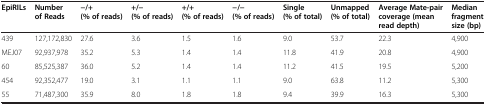
| EpiRILs | Number of Reads | −/+ (% of reads) | +/− (% of reads) | +/+ (% of reads) | −/− (% of reads) | Single (% of total) | Unmapped (% of total) | Average Mate-pair coverage (mean read depth) | Median fragment size (bp) |
 | --- | --- | --- | --- | --- | --- | --- | --- | --- | --- |
 | 439 | 127,172,830 | 27.6 | 3.6 | 1.5 | 1.6 | 9.0 | 53.7 | 22.3 | 4,900 |
 | MEJ07 | 92,937,978 | 35.2 | 5.3 | 1.4 | 1.4 | 11.8 | 41.9 | 20.8 | 4,900 |
 | 60 | 85,525,387 | 36.0 | 5.2 | 1.4 | 1.4 | 11.2 | 41.5 | 19.5 | 5,200 |
 | 454 | 92,352,477 | 19.0 | 3.1 | 1.1 | 1.1 | 9.0 | 63.8 | 11.2 | 5,300 |
 | 55 | 71,487,300 | 35.9 | 8.0 | 1.8 | 1.8 | 9.4 | 39.9 | 16.3 | 5,300 |